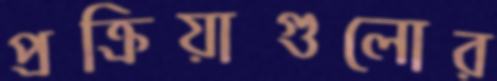
প্রক্রিয়াগুলোর